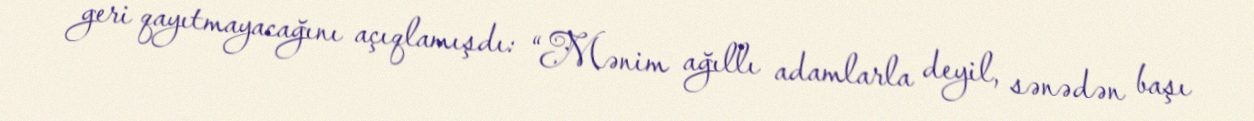
geri qayıtmayacağını açıqlamışdı: “Mənim ağıllı adamlarla deyil, sənədən başı